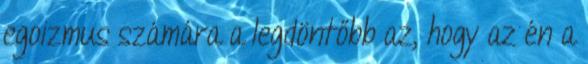
egoizmus számára a legdöntőbb az, hogy az én a